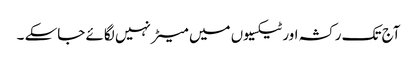
آج تک رکشہ اور ٹیکسیوں میں میٹر نہیں لگائے جاسکے ۔